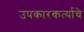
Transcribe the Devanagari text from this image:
उपकारकर्त्याचे